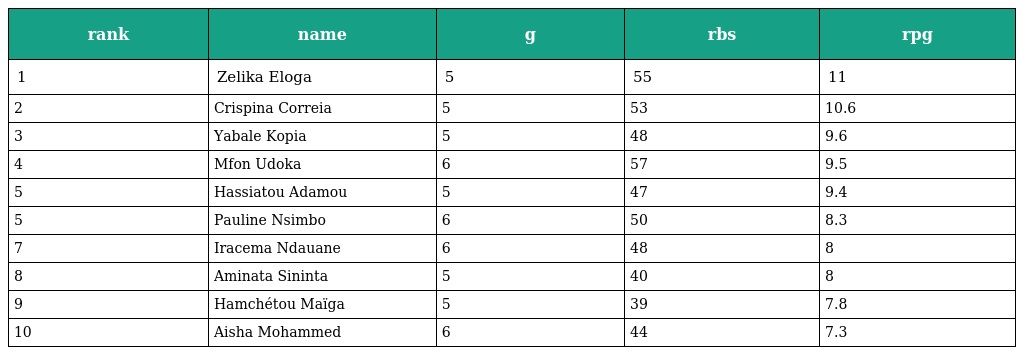
| rank | name | g | rbs | rpg |
 | --- | --- | --- | --- | --- |
 | 1 | Zelika Eloga | 5 | 55 | 11 |
 | 2 | Crispina Correia | 5 | 53 | 10.6 |
 | 3 | Yabale Kopia | 5 | 48 | 9.6 |
 | 4 | Mfon Udoka | 6 | 57 | 9.5 |
 | 5 | Hassiatou Adamou | 5 | 47 | 9.4 |
 | 5 | Pauline Nsimbo | 6 | 50 | 8.3 |
 | 7 | Iracema Ndauane | 6 | 48 | 8 |
 | 8 | Aminata Sininta | 5 | 40 | 8 |
 | 9 | Hamchétou Maïga | 5 | 39 | 7.8 |
 | 10 | Aisha Mohammed | 6 | 44 | 7.3 |